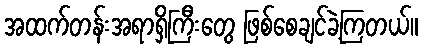
အထက်တန်းအရာရှိကြီးတွေ ဖြစ်စေချင်ခဲ့ကြတယ်။